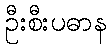
ဦးစီးပဓာန